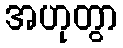
အဟုတွာ